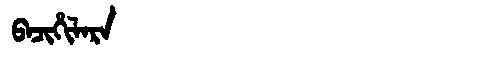
Manchu: ᠪᠠᠴᡳᡥᡳᠯᠠᡵᠠ
Romanization: BACIHILARA